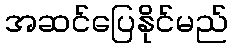
အဆင်ပြေနိုင်မည်